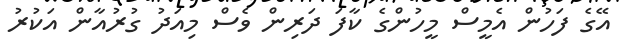
އޭގެ ފަހުން އެމީސް މީހުންގެ ކާފަ ދަރިން ވެސް މިއަދު ގުރުއާން އަކުރު